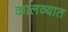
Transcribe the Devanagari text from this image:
कालव्यात